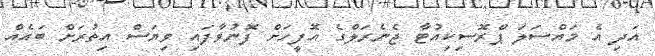
އަދި އެ މައްސަލަ ޕްރޮސިކިއުޓާ ޖެނެރަލްގެ އޮފީހަށް ފޮނުވާފައި ވިޔަސް އިތުރަށް ބައެއް